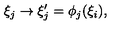
\xi _ { j } \rightarrow \xi _ { j } ^ { \prime } = \phi _ { j } ( \xi _ { i } ) ,